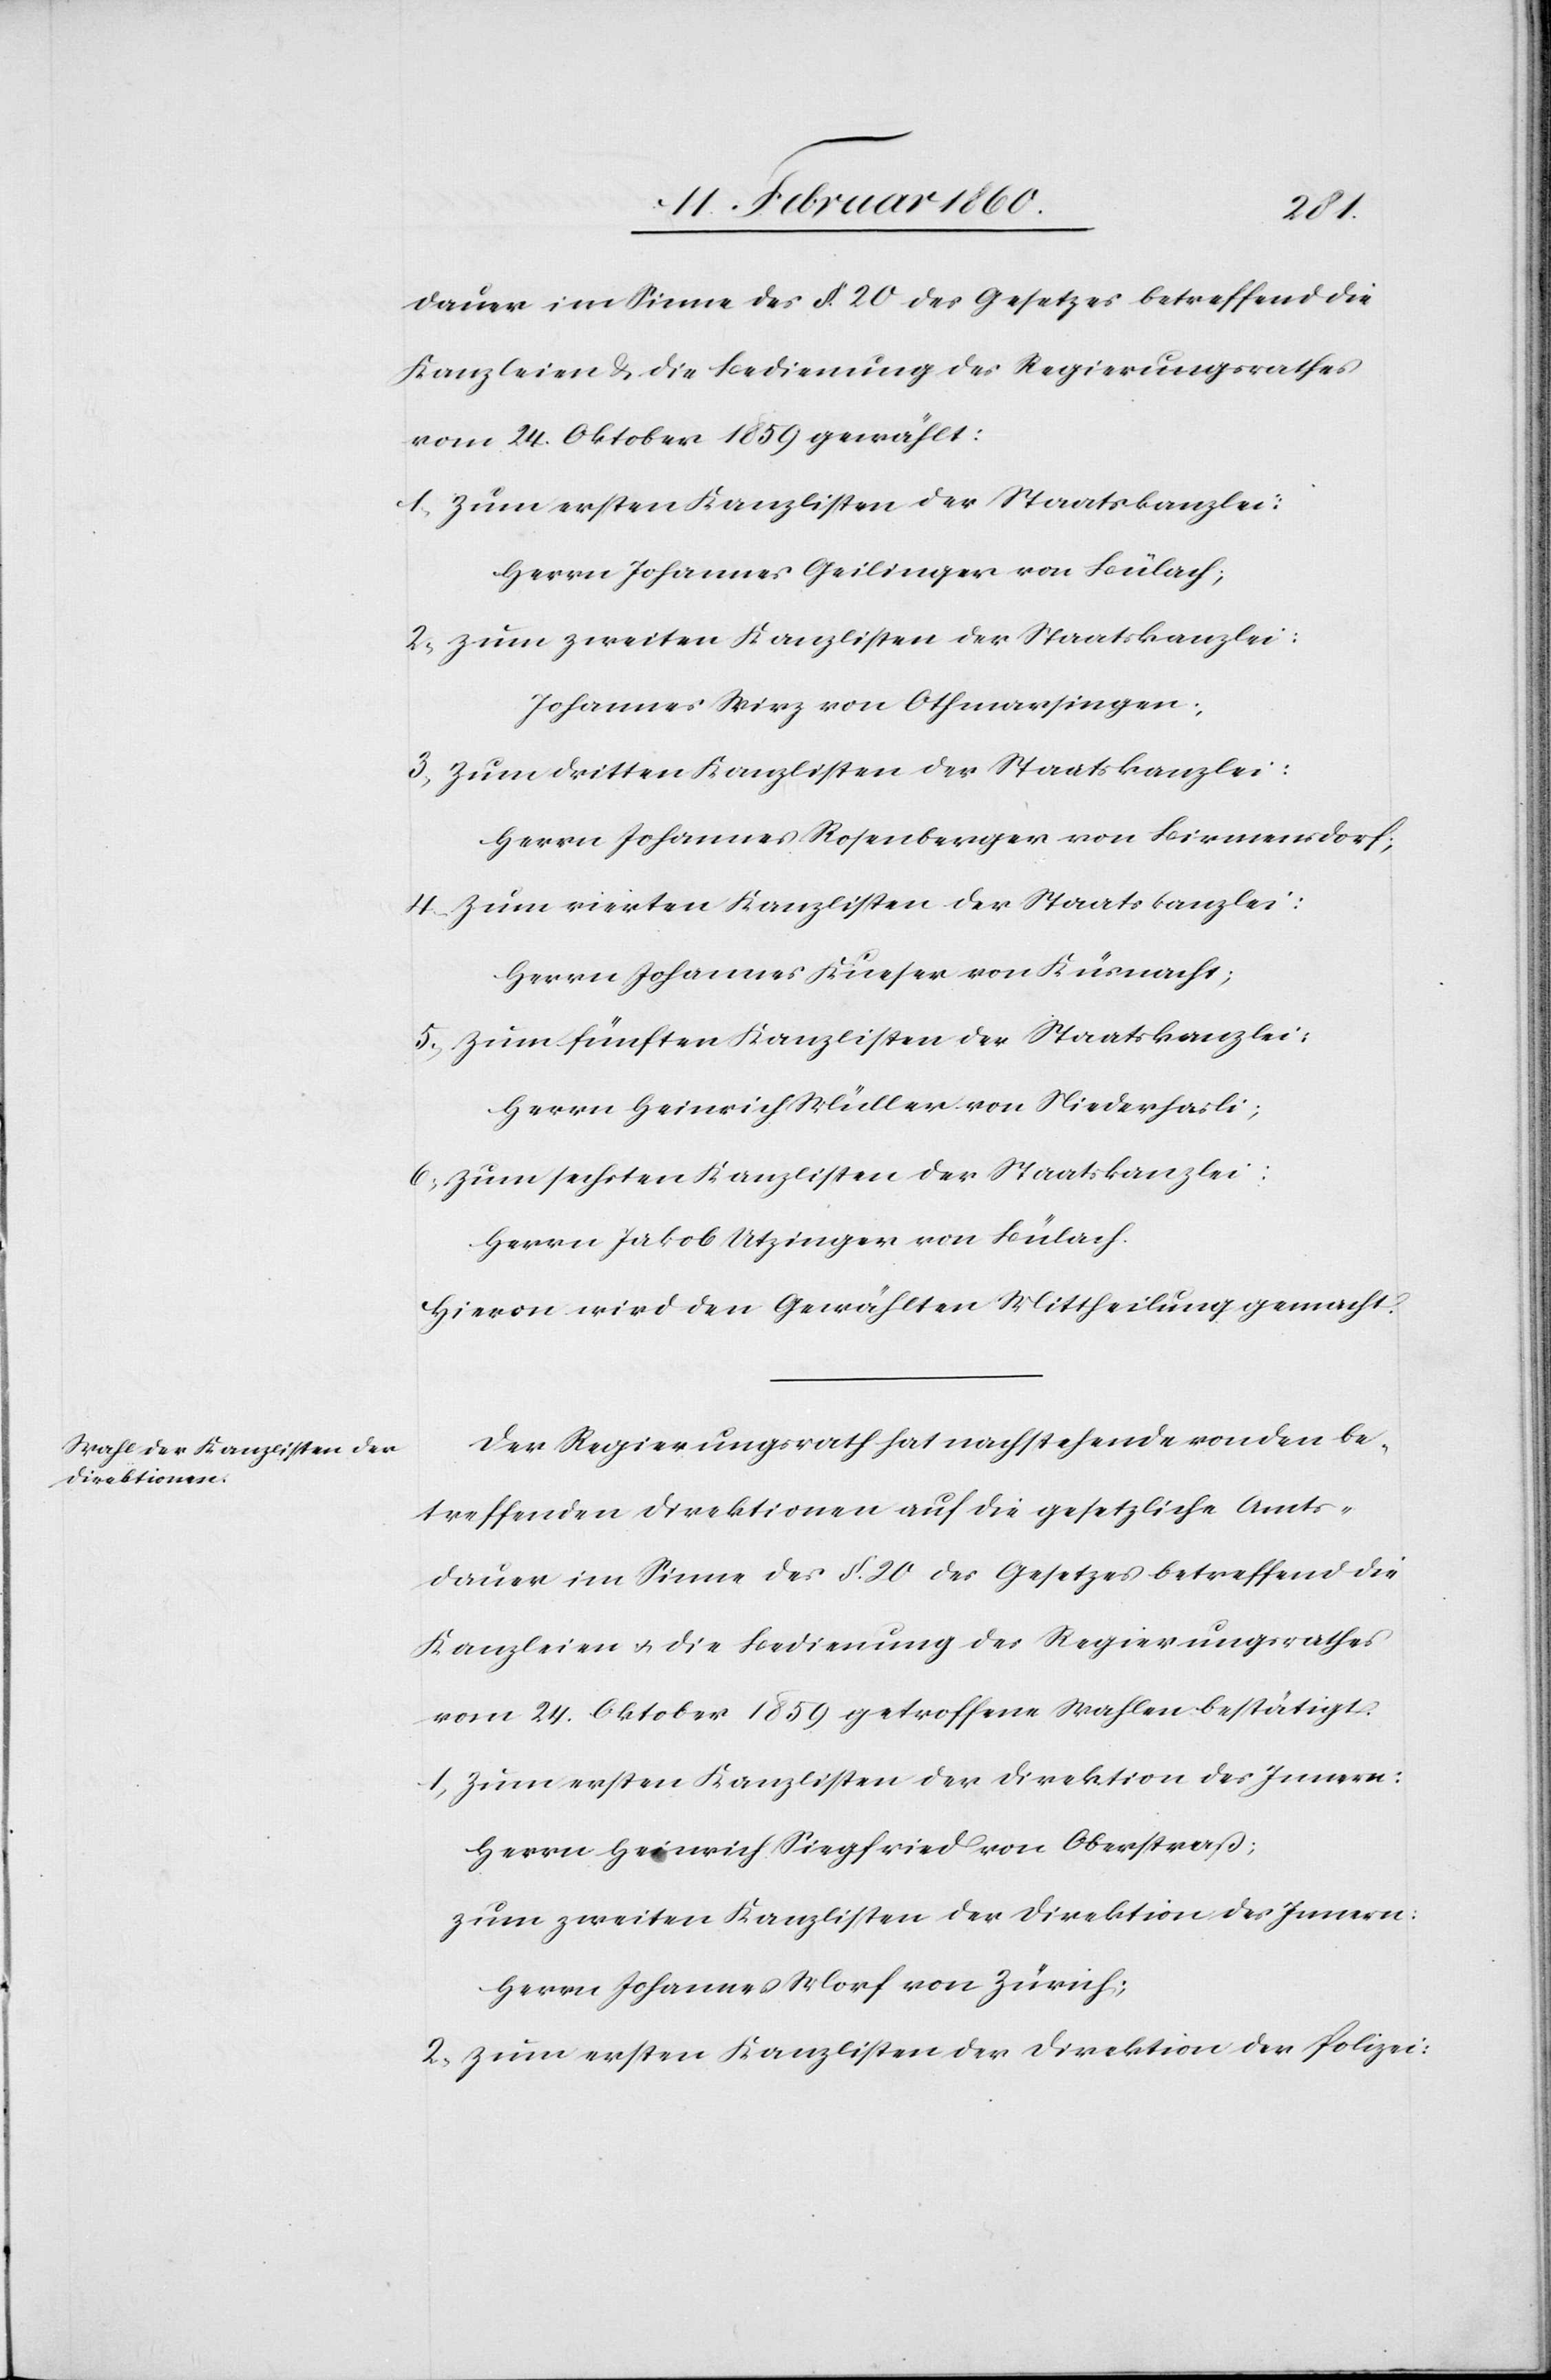
vom 24. Oktober 1859 gewählt:
1. zum ersten Kanzlisten der Staatskanzlei:
Herrn Johannes Geilinger von Bülach;
2. zum zweiten Kanzlisten der Staatskanzlei:
Johannes Wirz von Othmarsingen;
3. zum dritten Kanzlisten der Staatskanzlei:
Herrn Johannes Rosenberg von Birmensdorf;
4. zum vierten Kanzlisten der Staatskanzlei:
Herrn Johannes Kueser von Küsnacht;
5. zum fünften Kanzlisten der Staatskanzlei:
Herrn Heinrich Müller von Niederhasli;
6. zum sechsten Kanzlisten der Staatskanzlei:
Herrn Jakob Utzinger von Bülach.
Hievon wird den Gewählten Mittheilung gemacht.
Der Regierungsrath hat nachstehende von den be¬
treffenden Direktionen auf die gesetzliche Amts¬
dauer im Sinne des §. 20. des Gesetzes betreffend die
Kanzleien u. die Bedienung des Regierungsrathes
vom 24. Oktober 1859 getroffene Wahlen bestätigt.
1. zum ersten Kanzlisten der Direktion des Innern:
Herrn Heinrich Siegfried von Oberstraß;
zum zweiten Kanzlisten der Direktion des Innern:
Herrn Johannes Morf von Zürich;
2. zum ersten Kanzlisten der Direktion der Polizei